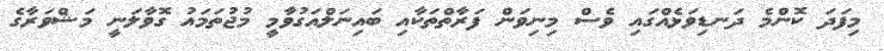
މިފަދަ ކޮންމެ ދަނޑިވަޅެއްގައި ވެސް މިނިވަން ފަރާތްތަކާއި ބައިނަލްއަގުވާމީ މުޖުތަމައު ގޮވާލަނީ މަޝްވަރާގެ